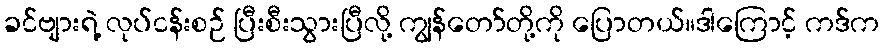
ခင်ဗျားရဲ့ လုပ်ငန်းစဉ် ပြီးစီးသွားပြီလို့ ကျွန်တော်တို့ကို ပြောတယ်။ဒါကြောင့် ကဒ်က